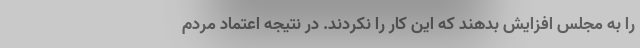
را به مجلس افزایش بدهند که این کار را نکردند. در نتیجه اعتماد مردم